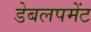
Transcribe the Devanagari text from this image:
डेबलपमेंट